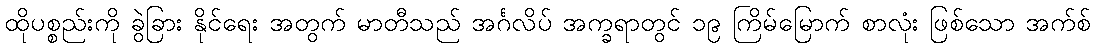
ထိုပစ္စည်းကို ခွဲခြား နိုင်ရေး အတွက် မာတီသည် အင်္ဂလိပ် အက္ခရာတွင် ၁၉ ကြိမ်မြောက် စာလုံး ဖြစ်သော အက်စ်